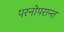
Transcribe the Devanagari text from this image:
परनोपरान्त